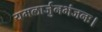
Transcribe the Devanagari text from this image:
यमलार्जुनभंजनः।